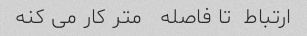
ارتباط  تا فاصله   متر کار می کنه